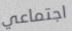
اجتماعي